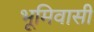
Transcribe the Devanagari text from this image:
भूमिवासी